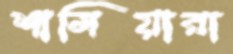
শামিয়ারা